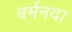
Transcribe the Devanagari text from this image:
बर्मनदा